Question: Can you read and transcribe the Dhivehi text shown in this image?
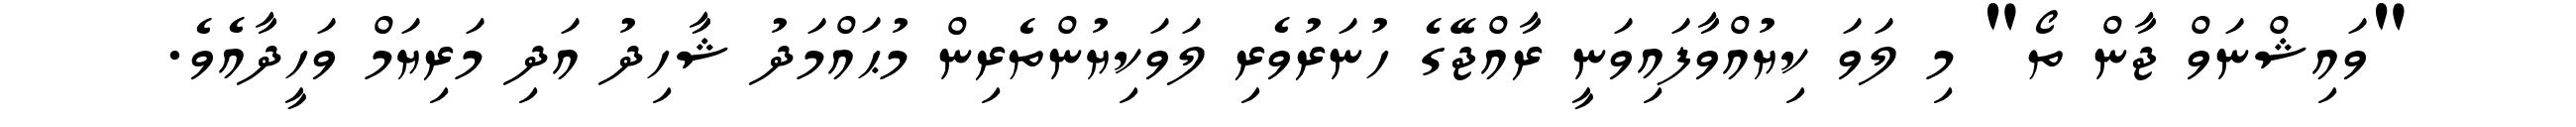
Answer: "ވައިޝްނަވް ޖާން ތޯ" މި ލަވަ ކިޔުއްވާފައިވަނީ ރާއްޖޭގެ ހުނަރުވެރި ލަވަކިޔުންތެރިން މުޙައްމަދު ޝާހިދު އަދި މަރިޔަމް ވަހީދާއެވެ.